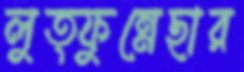
লুত্ফুন্নেছার